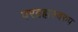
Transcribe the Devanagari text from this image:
परब्रह्मस्वरुप